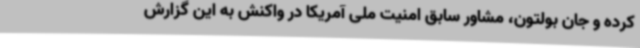
کرده و جان بولتون، مشاور سابق امنیت ملی آمریکا در واکنش به این گزارش